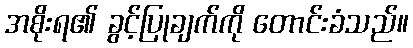
အစိုးရ၏ ခွင့်ပြုချက်ကို တောင်းခံသည်။